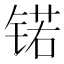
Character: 锘